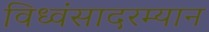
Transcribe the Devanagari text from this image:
विध्वंसादरम्यान